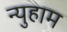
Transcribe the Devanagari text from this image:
न्युहाम